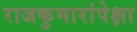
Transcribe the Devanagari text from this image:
राजकुमारांपेक्षा